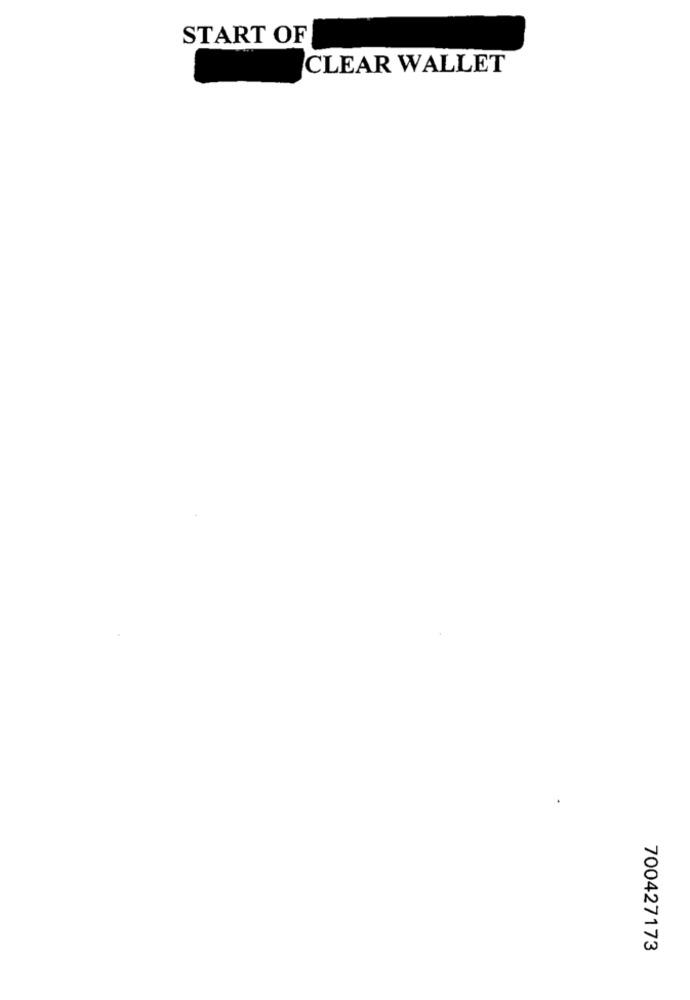
START OF
CLEAR WALLET
700427173